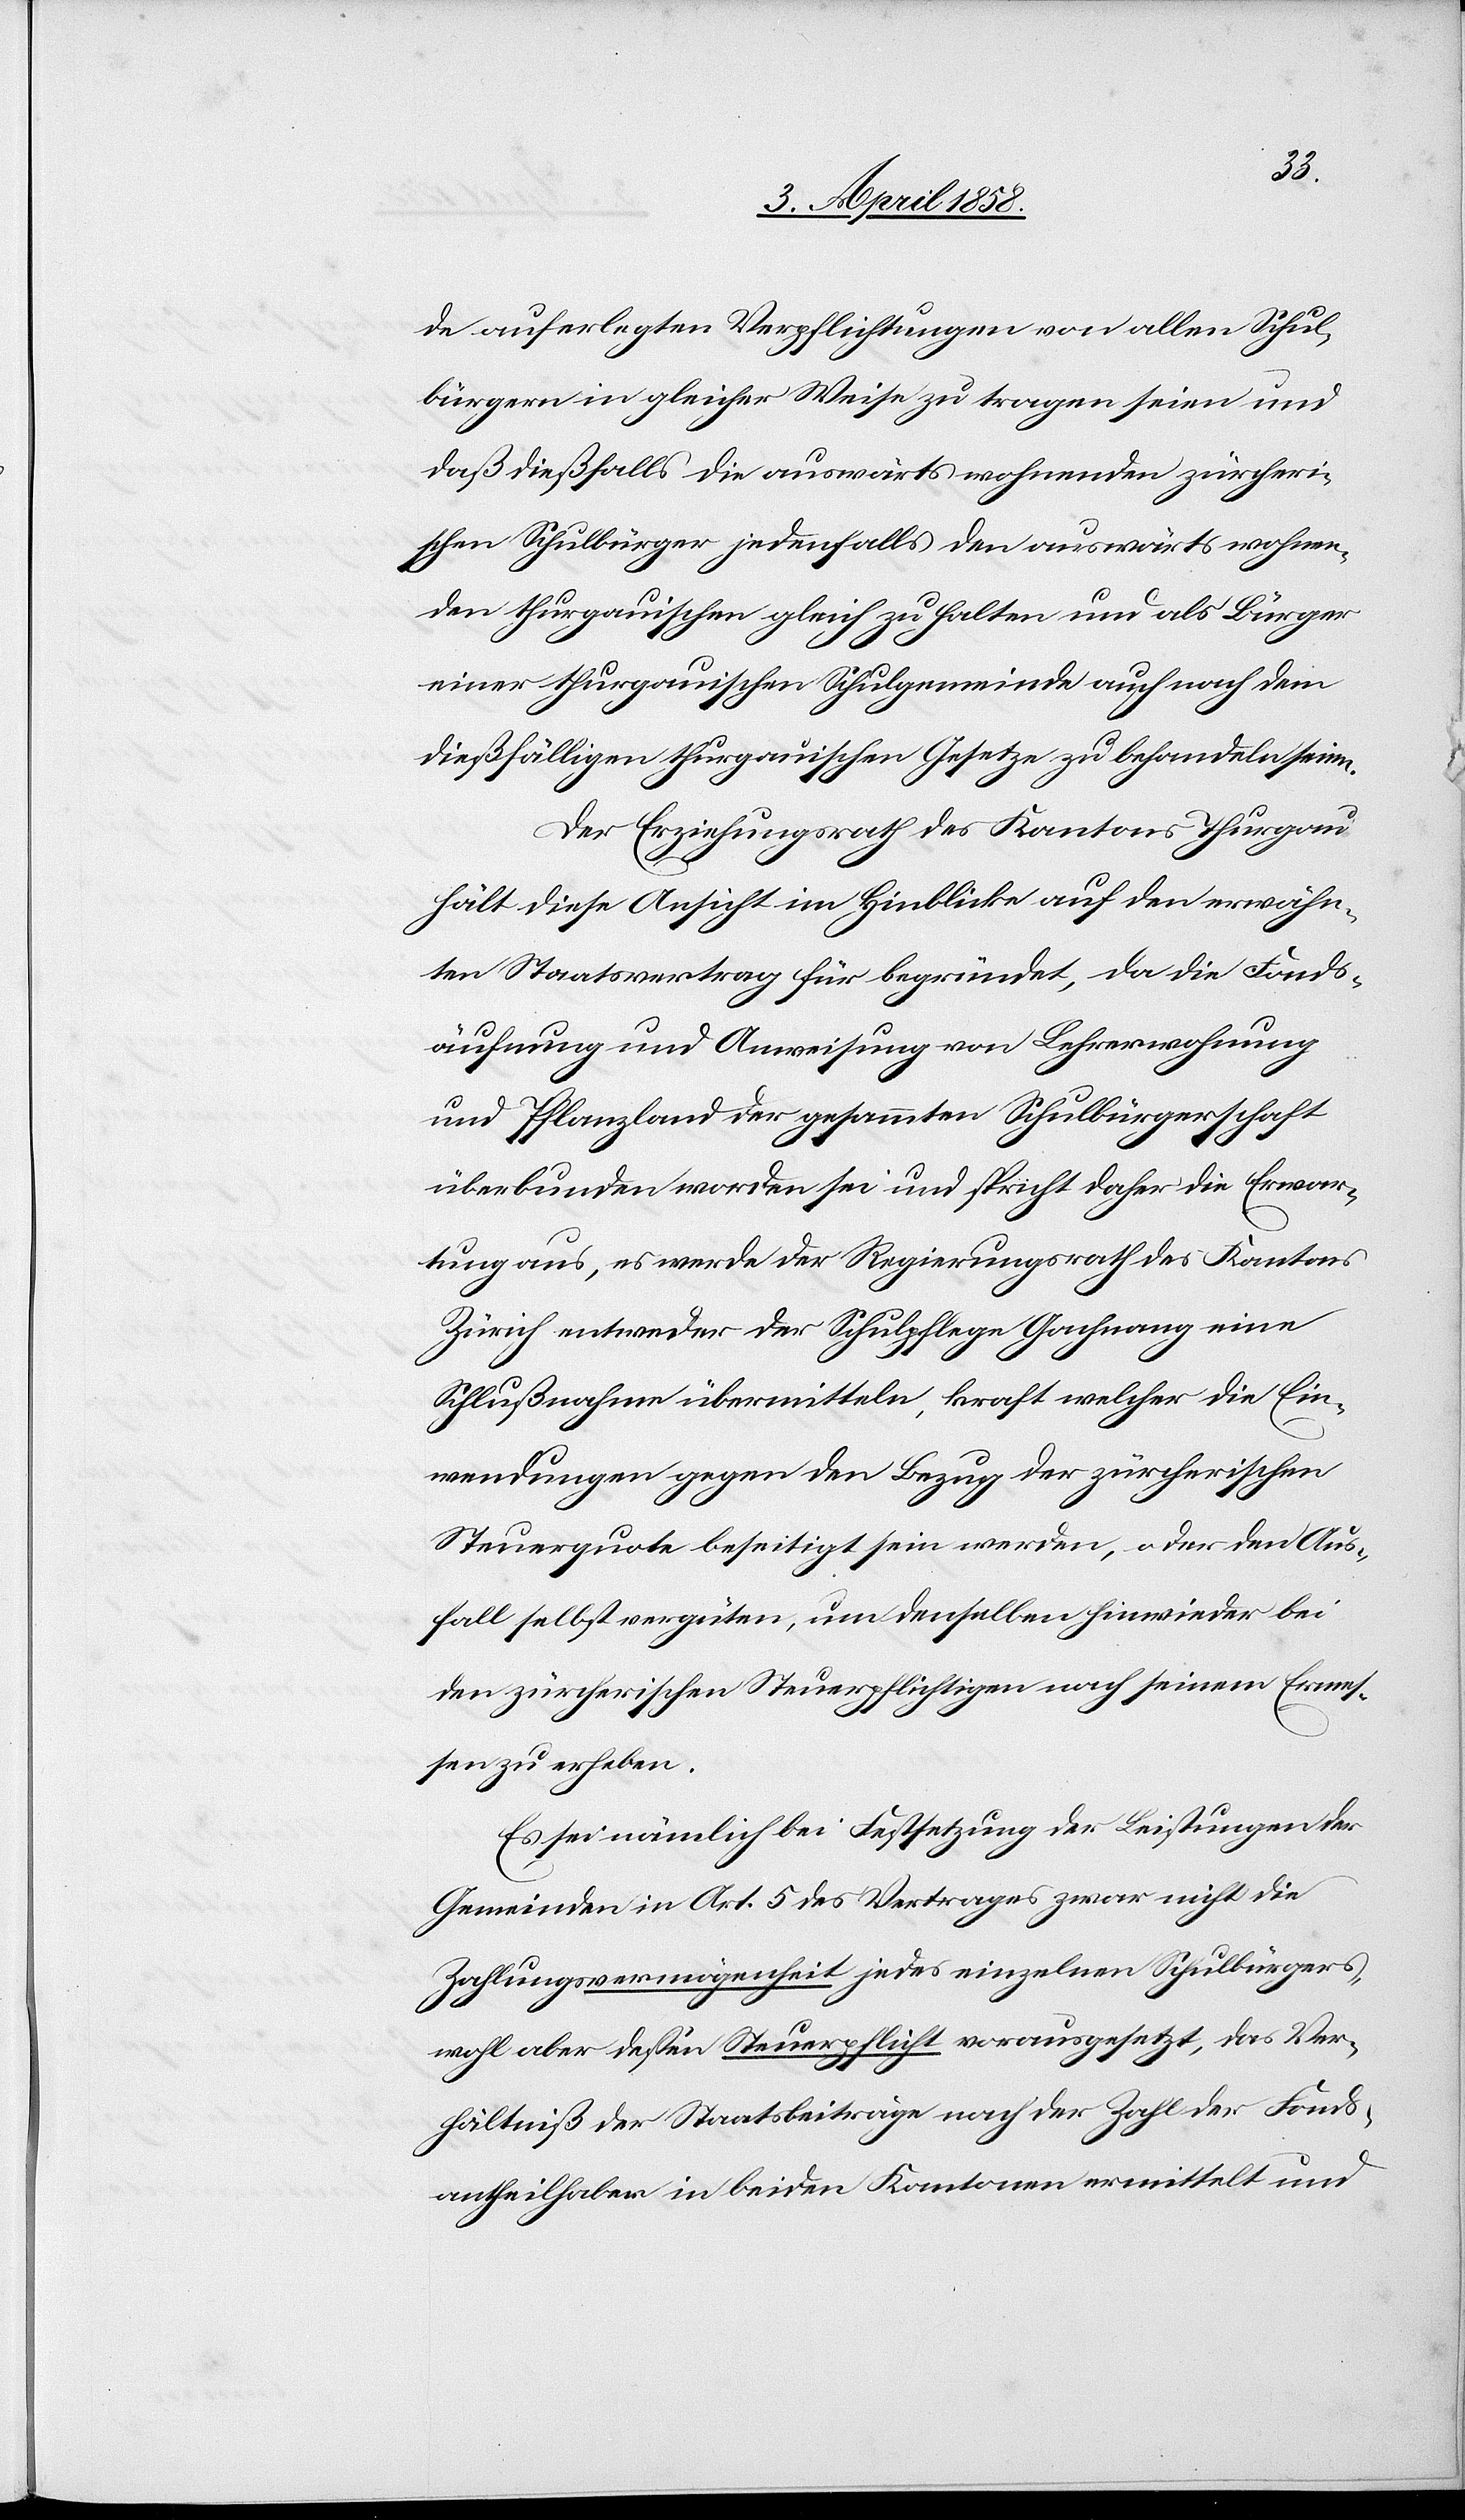
de auferlegten Verpflichtungen von allen Schul¬
bürgern in gleicher Weise zu tragen seien und
daß dießfalls die auswärts wohnenden zürcheri¬
schen Schulbürger jedenfalls den auswärts wohnen¬
den thurgauischen gleich zu halten und als Bürger
einer thurgauischen Schulgemeinde auch nach dem
dießfälligen thurgauischen Gesetze zu behandeln seien.
Der Erziehungsrath des Kantons Thurgau
hält diese Ansicht im Hinblicke auf den erwähn¬
ten Staatsvertrag für begründet, da die Fonds¬
äufnung und Anweisung von Lehrerwohnung
und Pflanzland der gesammten Schulbürgerschaft
überbunden worden sei und spricht daher die Erwar¬
tung aus, es werde der Regierungsrath des Kantons
Zürich entweder der Schulpflege Gachnang eine
Schlußnahme übermitteln, kraft welcher die Ein¬
wendungen gegen den Bezug der zürcherischen
Steuerquote beseitigt sein werden, oder den Aus¬
fall selbst vergüten, um denselben hinwieder bei
den zürcherischen Steuerpflichtigen nach seinem Ermes¬
sen zu erheben.
Es sei nämlich bei Festsetzung der Leistungen der
Gemeinden in Art. 5 des Vertrages zwar nicht die
Zahlungsvermögenheit jedes einzelnen Schulbürgers,
wohl aber dessen Steuerpflicht vorausgesetzt, das Ver¬
hältniß der Staatsbeiträge nach der Zahl der Fonds¬
antheilhaber in beiden Kantonen ermittelt und